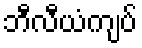
ဘီလီယံကျပ်